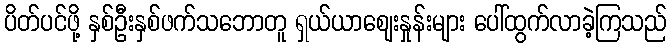
ပိတ်ပင်ဖို့ နှစ်ဦးနှစ်ဖက်သဘောတူ ရှယ်ယာဈေးနှုန်းများ ပေါ်ထွက်လာခဲ့ကြသည်